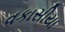
વકાસીયા